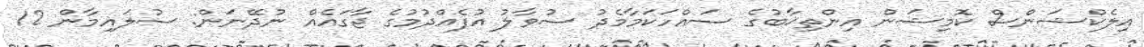
އިލެކްޝަންސް ކޮމިޝަން އިންތިޚާބުގެ ސައްހަކަމާމެދު ސުވާލު އުފެއްދުމުގެ ޖާގައެއް ނުދޭނަން: ސުލައިމާން 12